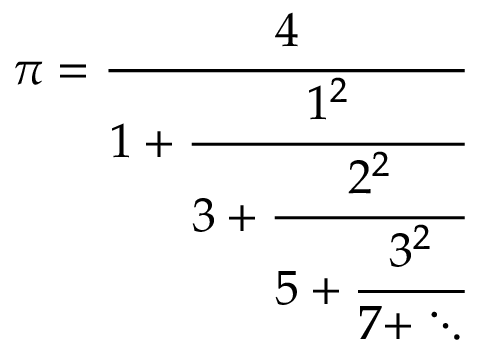
\pi = { \cfrac { 4 } { 1 + { \cfrac { 1 ^ { 2 } } { 3 + { \cfrac { 2 ^ { 2 } } { 5 + { \cfrac { 3 ^ { 2 } } { 7 + \ddots } } } } } } } }